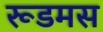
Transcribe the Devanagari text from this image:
रूडमस